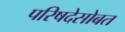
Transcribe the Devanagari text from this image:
परिषदेसोबत